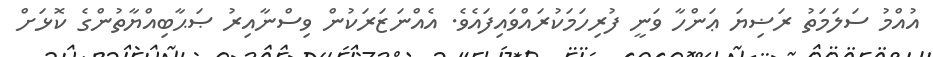
އުއްމު ސަލަމަތު ރަޟިޔަ ޢަންހާ ވަނީ ފުރިހަމަކުރައްވައިފައެވެ. އެއްނަޒަރަކުން ވިސްނާއިރު ޞަޙާބިއްޔާތުންގެ ކޮޅަށް